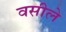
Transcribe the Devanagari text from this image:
वसीले